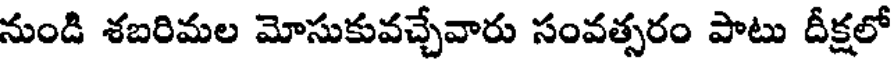
నుండి శబరిమల మోసుకువచ్చేవారు సంవత్సరం పాటు దీక్షలో